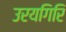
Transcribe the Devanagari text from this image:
उरयगिरि